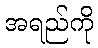
အရည်ကို